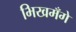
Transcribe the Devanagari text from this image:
भिखमँगे